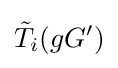
{\tilde {T}}_{i}(gG')